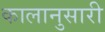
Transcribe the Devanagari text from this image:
कालानुसारी